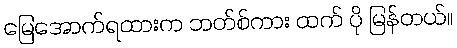
မြေအောက်ရထားက ဘတ်စ်ကား ထက် ပို မြန်တယ်။